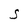
Character: S